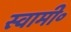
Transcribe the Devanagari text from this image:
स्वामी॰